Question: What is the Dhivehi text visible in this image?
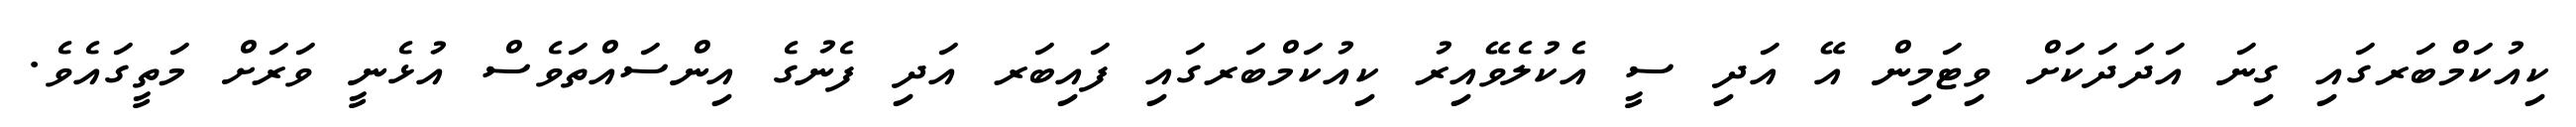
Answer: ކިއުކަމްބަރގައި ގިނަ އަދަދަކަށް ވިޓަމިން އޭ އަދި ސީ އެކުލެވޭއިރު ކިއުކަމްބަރގައި ފައިބަރ އަދި ފެނުގެ އިންސައްތަވެސް އުޅެނީ ވަރަށް މަތީގައެވެ.